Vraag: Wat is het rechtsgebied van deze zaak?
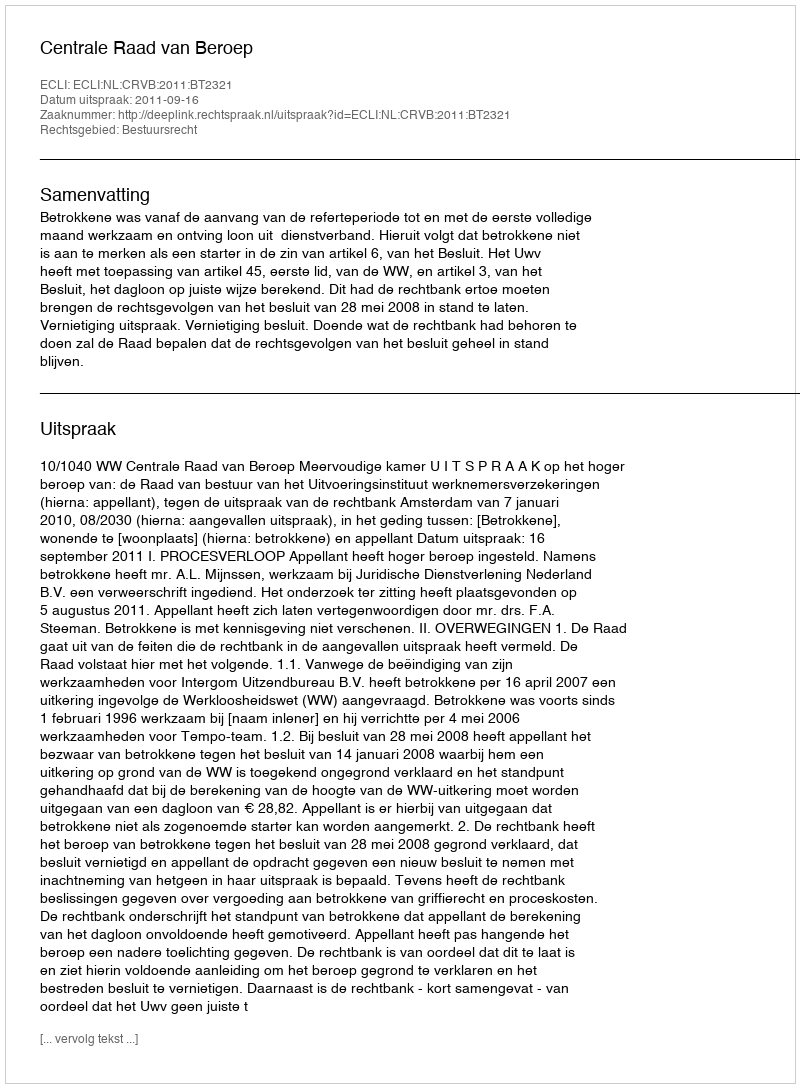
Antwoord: Bestuursrecht